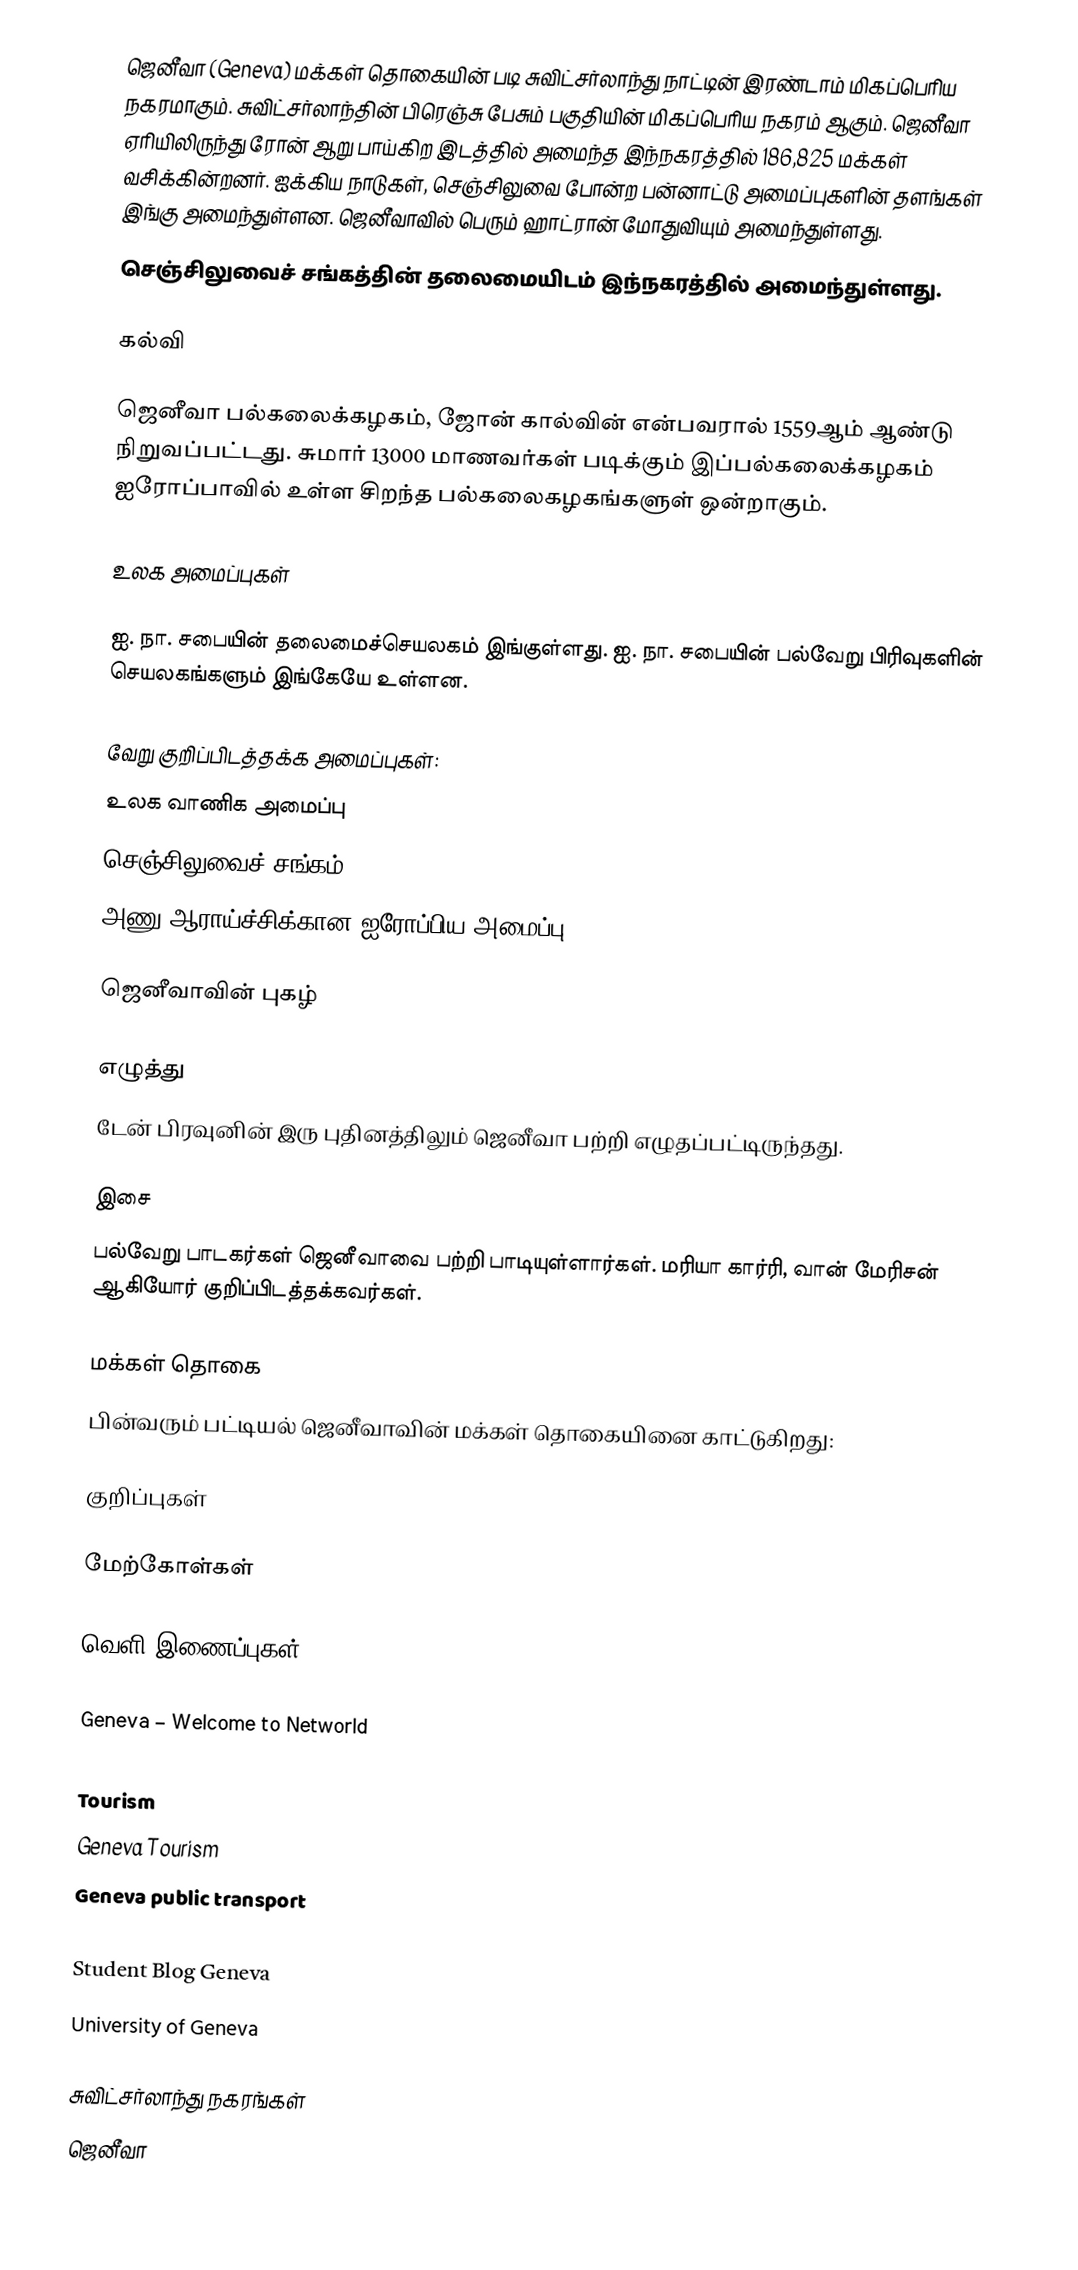
ஜெனீவா (Geneva) மக்கள் தொகையின் படி சுவிட்சர்லாந்து நாட்டின் இரண்டாம் மிகப்பெரிய நகரமாகும். சுவிட்சர்லாந்தின் பிரெஞ்சு பேசும் பகுதியின் மிகப்பெரிய நகரம் ஆகும். ஜெனீவா ஏரியிலிருந்து ரோன் ஆறு பாய்கிற இடத்தில் அமைந்த இந்நகரத்தில் 186,825 மக்கள் வசிக்கின்றனர். ஐக்கிய நாடுகள், செஞ்சிலுவை போன்ற பன்னாட்டு அமைப்புகளின் தளங்கள் இங்கு அமைந்துள்ளன. ஜெனீவாவில்  பெரும் ஹாட்ரான் மோதுவியும் அமைந்துள்ளது.
செஞ்சிலுவைச் சங்கத்தின் தலைமையிடம் இந்நகரத்தில் அமைந்துள்ளது.

கல்வி

ஜெனீவா பல்கலைக்கழகம், ஜோன் கால்வின் என்பவரால் 1559ஆம் ஆண்டு நிறுவப்பட்டது. சுமார் 13000 மாணவர்கள் படிக்கும் இப்பல்கலைக்கழகம் ஐரோப்பாவில் உள்ள சிறந்த பல்கலைகழகங்களுள் ஒன்றாகும்.

உலக அமைப்புகள்

ஐ. நா. சபையின் தலைமைச்செயலகம் இங்குள்ளது. ஐ. நா. சபையின் பல்வேறு பிரிவுகளின் செயலகங்களும் இங்கேயே உள்ளன.

வேறு குறிப்பிடத்தக்க அமைப்புகள்:
உலக வாணிக அமைப்பு
செஞ்சிலுவைச் சங்கம்
அணு ஆராய்ச்சிக்கான ஐரோப்பிய அமைப்பு (CERN)

ஜெனீவாவின் புகழ்

எழுத்து
டேன் பிரவுனின் இரு புதினத்திலும் ஜெனீவா பற்றி எழுதப்பட்டிருந்தது.

இசை
பல்வேறு பாடகர்கள் ஜெனீவாவை பற்றி பாடியுள்ளார்கள். மரியா கார்ரி, வான் மேரிசன் ஆகியோர் குறிப்பிடத்தக்கவர்கள்.

மக்கள் தொகை
பின்வரும் பட்டியல் ஜெனீவாவின் மக்கள் தொகையினை காட்டுகிறது:

குறிப்புகள்

மேற்கோள்கள்

வெளி இணைப்புகள்

Geneva – Welcome to Networld
Official website of the City of Geneva
Tourism
Geneva Tourism
Geneva public transport
Study
Student Blog Geneva
University of Geneva

சுவிட்சர்லாந்து நகரங்கள்
ஜெனீவா